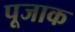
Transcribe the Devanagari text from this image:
पूजाक